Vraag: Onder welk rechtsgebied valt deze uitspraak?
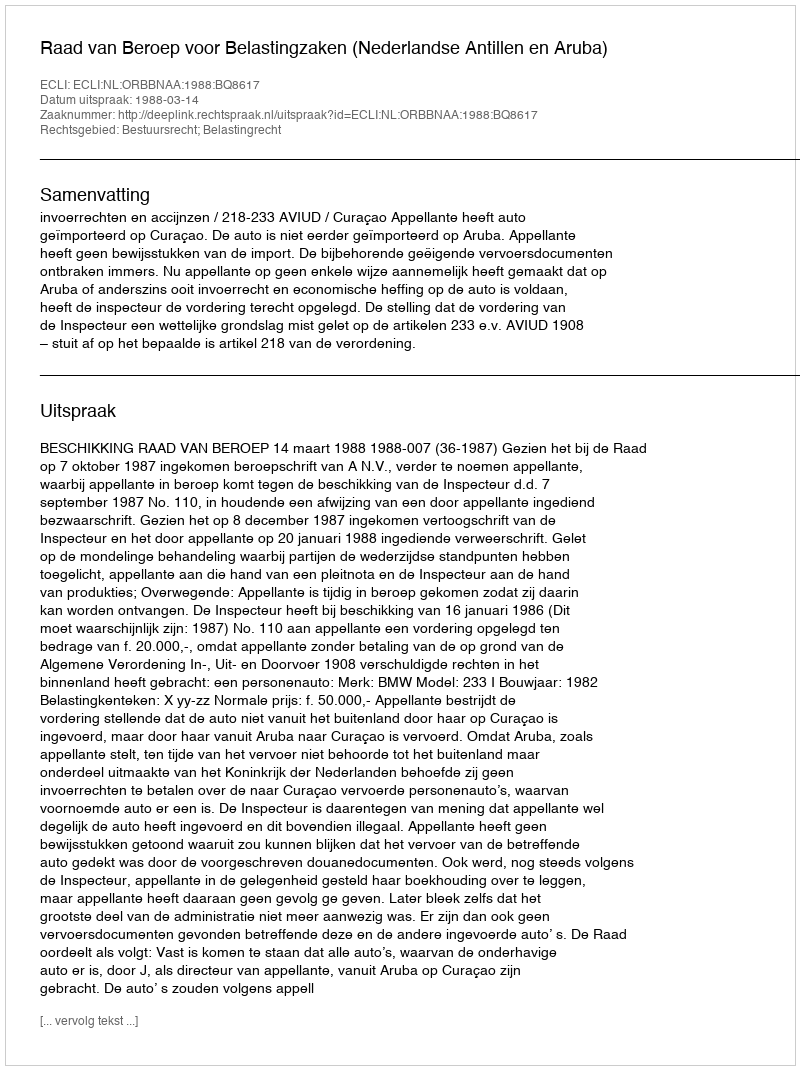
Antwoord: Bestuursrecht; Belastingrecht